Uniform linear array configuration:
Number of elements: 24
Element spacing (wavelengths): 1
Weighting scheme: blackman
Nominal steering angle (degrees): -30
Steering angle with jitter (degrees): -30.58
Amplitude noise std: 0.05
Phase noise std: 0.05

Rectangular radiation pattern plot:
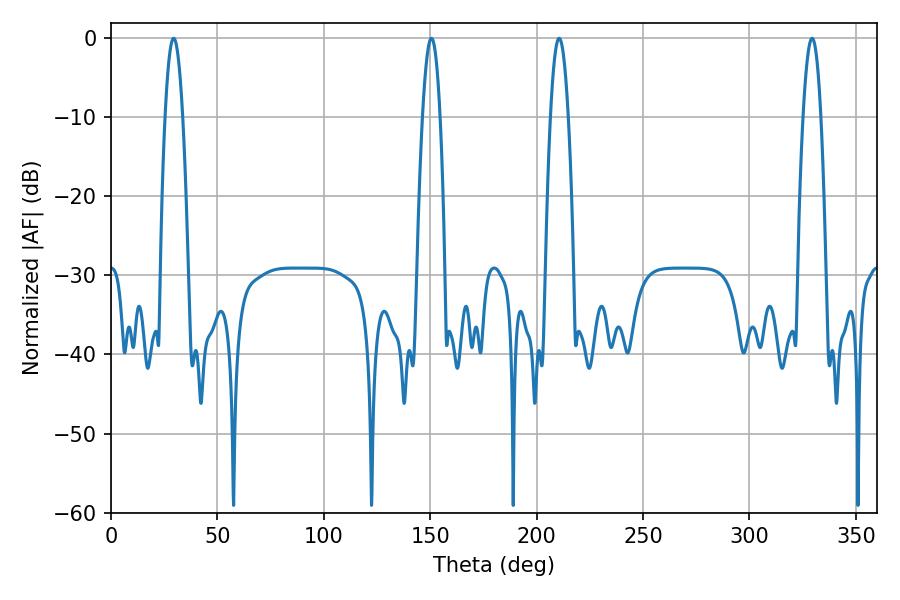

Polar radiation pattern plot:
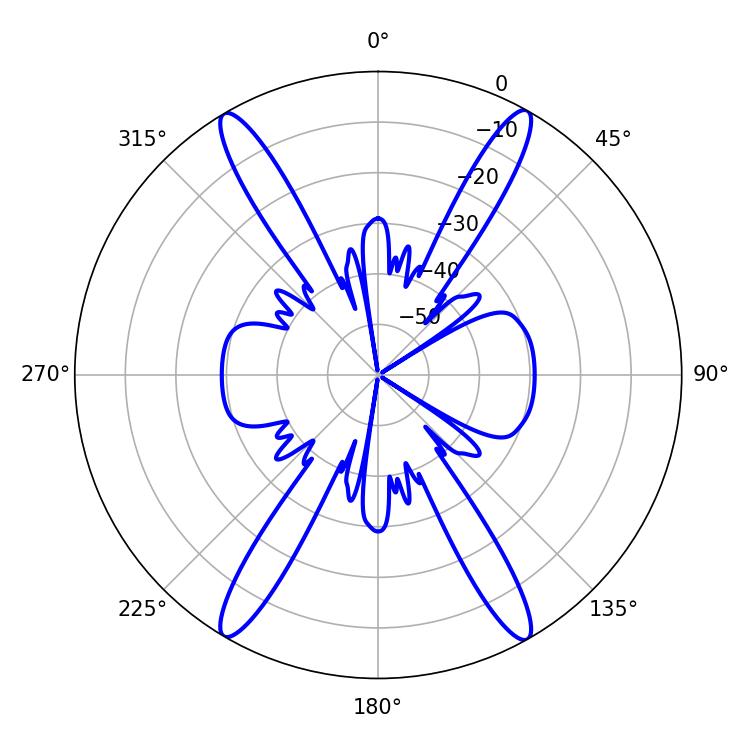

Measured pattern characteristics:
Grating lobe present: TRUE
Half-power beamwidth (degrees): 4.68
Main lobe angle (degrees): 210.6